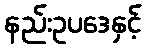
နည်းဥပဒေနှင့်